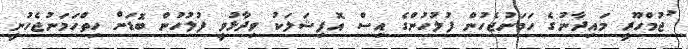
ުޖުމްހޫރީ މައިދާނުގެ ހަމަނުޖެހުން ފުލުހުންގެ އިސް އޮފިޝަލަކު ވިދާޅުވީ ފުލުހުން ބޮޑަށް ހިތްހަމަނުޖެހުނީ